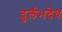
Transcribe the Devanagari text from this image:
दुर्लभदेव